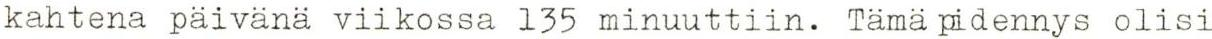
kahtena päivänä viikossa 135 minuuttiin. Tämä pidennys olisi